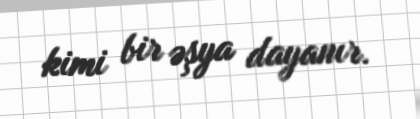
kimi bir əşya dayanır.